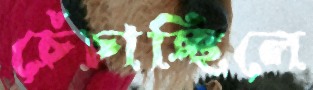
চেঁচাচ্ছিলে